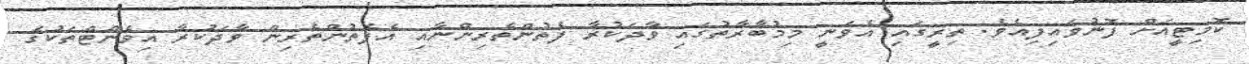
ކޮމިޓީއަށް ފޮނުވައިފިއެވެ. ތިރީގައި އެވަނީ މިމުބާރާތުގައި ވާދަކުރާ ފެތުންތެރިންނާއި އެފެތުންތެރިން ވާދަކުރާ އިވެންޓްތަކުގެ